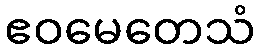
ဧဝမေတေသံ